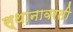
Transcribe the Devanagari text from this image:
स्थानावरती